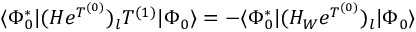
\begin{array} { r } { \langle \Phi _ { 0 } ^ { * } | ( H e ^ { T ^ { ( 0 ) } } ) _ { l } T ^ { ( 1 ) } | \Phi _ { 0 } \rangle = - \langle \Phi _ { 0 } ^ { * } | ( H _ { W } e ^ { T ^ { ( 0 ) } } ) _ { l } | \Phi _ { 0 } \rangle } \end{array}